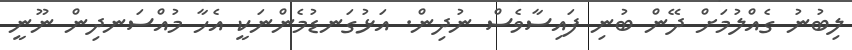
ލިބުނު ގެއްލުމަށް ދޭން ބުނި ފައިސާވެސް ނުދިން. އަޅުގަނޑުމެންނަކީ އެހާ މުއްސަނދިން ނޫނީ